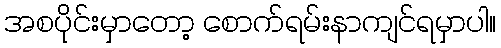
အစပိုင်းမှာတော့ စောက်ရမ်းနာကျင်ရမှာပါ။